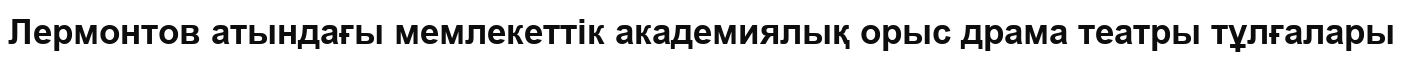
Лермонтов атындағы мемлекеттік академиялық орыс драма театры тұлғалары